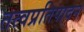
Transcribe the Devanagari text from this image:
तत्वप्रतिपादन